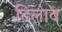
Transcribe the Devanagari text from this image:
ढिलाव